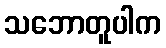
သဘောတူပါက